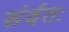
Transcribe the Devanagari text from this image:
संर्वतः